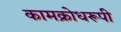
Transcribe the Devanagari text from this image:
कामक्रोधरूपी